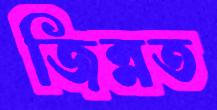
জিন্নত